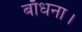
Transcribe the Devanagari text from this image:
बाँधना।